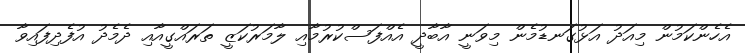
އެހެންކަމުން މިއަދު އަޅުގަނޑުމެން މިވަނީ އާބާދީ އެއްފަސްކުރުމާއި ލާމަރުކަޒީ ތަރައްގީއާއި ދެމެދު އުފެދިފައިވާ